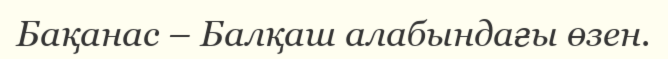
Бақанас – Балқаш алабындағы өзен.